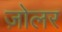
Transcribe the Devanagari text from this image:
ज़ोलर